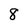
Character: 8